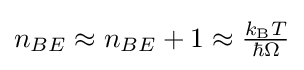
{\textstyle n_{BE}\approx n_{BE}+1\approx {\frac {k_{\text{B}}T}{\hbar \Omega }}}